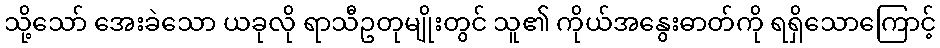
သို့သော် အေးခဲသော ယခုလို ရာသီဥတုမျိုးတွင် သူ၏ ကိုယ်အနွေးဓာတ်ကို ရရှိသောကြောင့်